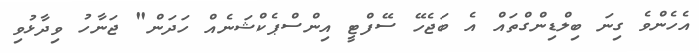
އެހެންވެ ގިނަ ބިލްޑިންގްތައް އެ ބަޖެހޭ ސޭފްޓީ އިންސްޕެކްޝަނެއް ހަދަން" ޖަނާހު ވިދާޅުވި